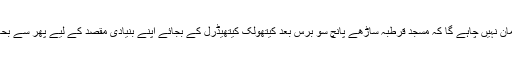
کون سا مسلمان نہیں چاہے گا کہ مسجد قرطبہ ساڑھے پانچ سو برس بعد کیتھولک کیتھیڈرل کے بجائے اپنے بنیادی مقصد کے لیے پھر سے بحال ہو جائے۔